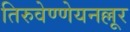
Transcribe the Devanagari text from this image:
तिरुवेण्णेयनल्लूर